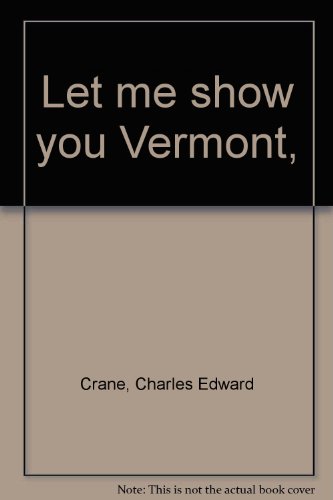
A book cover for Let me show you Vermont,; Charles Edward Crane; Travel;